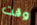
وقت